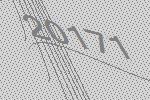
20171